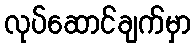
လုပ်ဆောင်ချက်မှာ